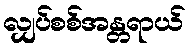
လျှပ်စစ်အန္တရာယ်